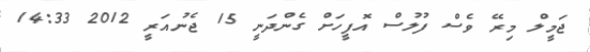
ޖަމީލް މިރޭ ވެސް ފުލުސް އޮފީހަށް ގެންދަނީ 15 ޖެނުއަރީ 2012 14:33